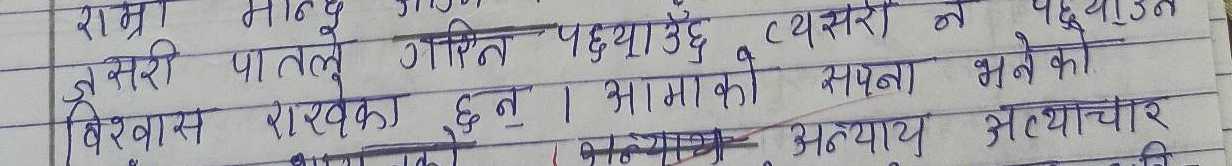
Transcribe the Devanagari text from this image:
राम्रो मान्छे
त्यसरी पातलो गस्तिन पछाउँछ । त्यसरी न पछाउँन
विश्वास राखेका छन् । आमाको सपना भनेको
अन्याय अत्याचार